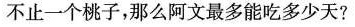
不止一个桃子，那么阿文最多能吃多少天?